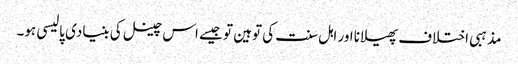
مذہبی اختلاف پھیلانا اور اہل سنت کی توہین تو جیسے اس چینل کی بنیادی پالیسی ہو۔